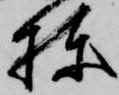
棟